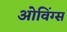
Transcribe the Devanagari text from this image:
ओविंग्स